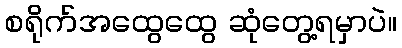
စရိုက်အထွေထွေ ဆုံတွေ့ရမှာပဲ။